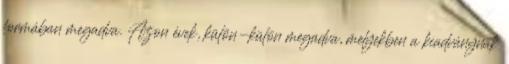
formában megadva. Azon évek, külön-külön megadva, melyekben a kiadványnak